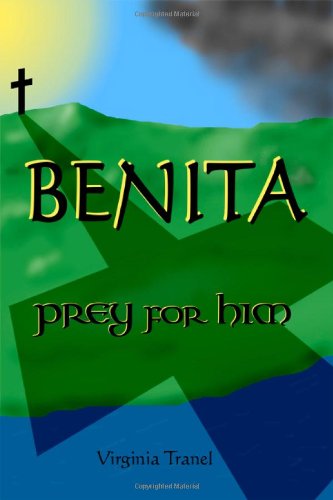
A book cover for BENITA: prey for him; Virginia Tranel; Literature & Fiction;